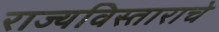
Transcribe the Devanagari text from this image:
राज्यविस्ताराचे